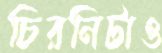
চিরনিটাও